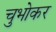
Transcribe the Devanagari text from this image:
चुभोकर